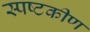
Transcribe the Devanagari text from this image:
स्पष्टकीण